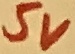
Text: 5V